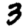
Digit: 3